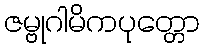
ဇမ္ဗုဂါမိကပုတ္တော